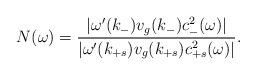
LaTeX: \begin{align*}N(\omega)=\frac{|\omega'(k_{-})v_g(k_{-})c_{-}^2(\omega)|}{|\omega'(k_{+s})v_g(k_{+s})c_{+s}^2(\omega)|}.\end{align*}